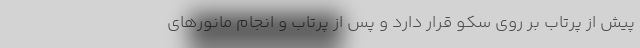
پیش از پرتاب بر روی سکو قرار دارد و پس از پرتاب و انجام مانورهای